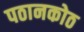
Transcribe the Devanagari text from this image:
पठानकोठ